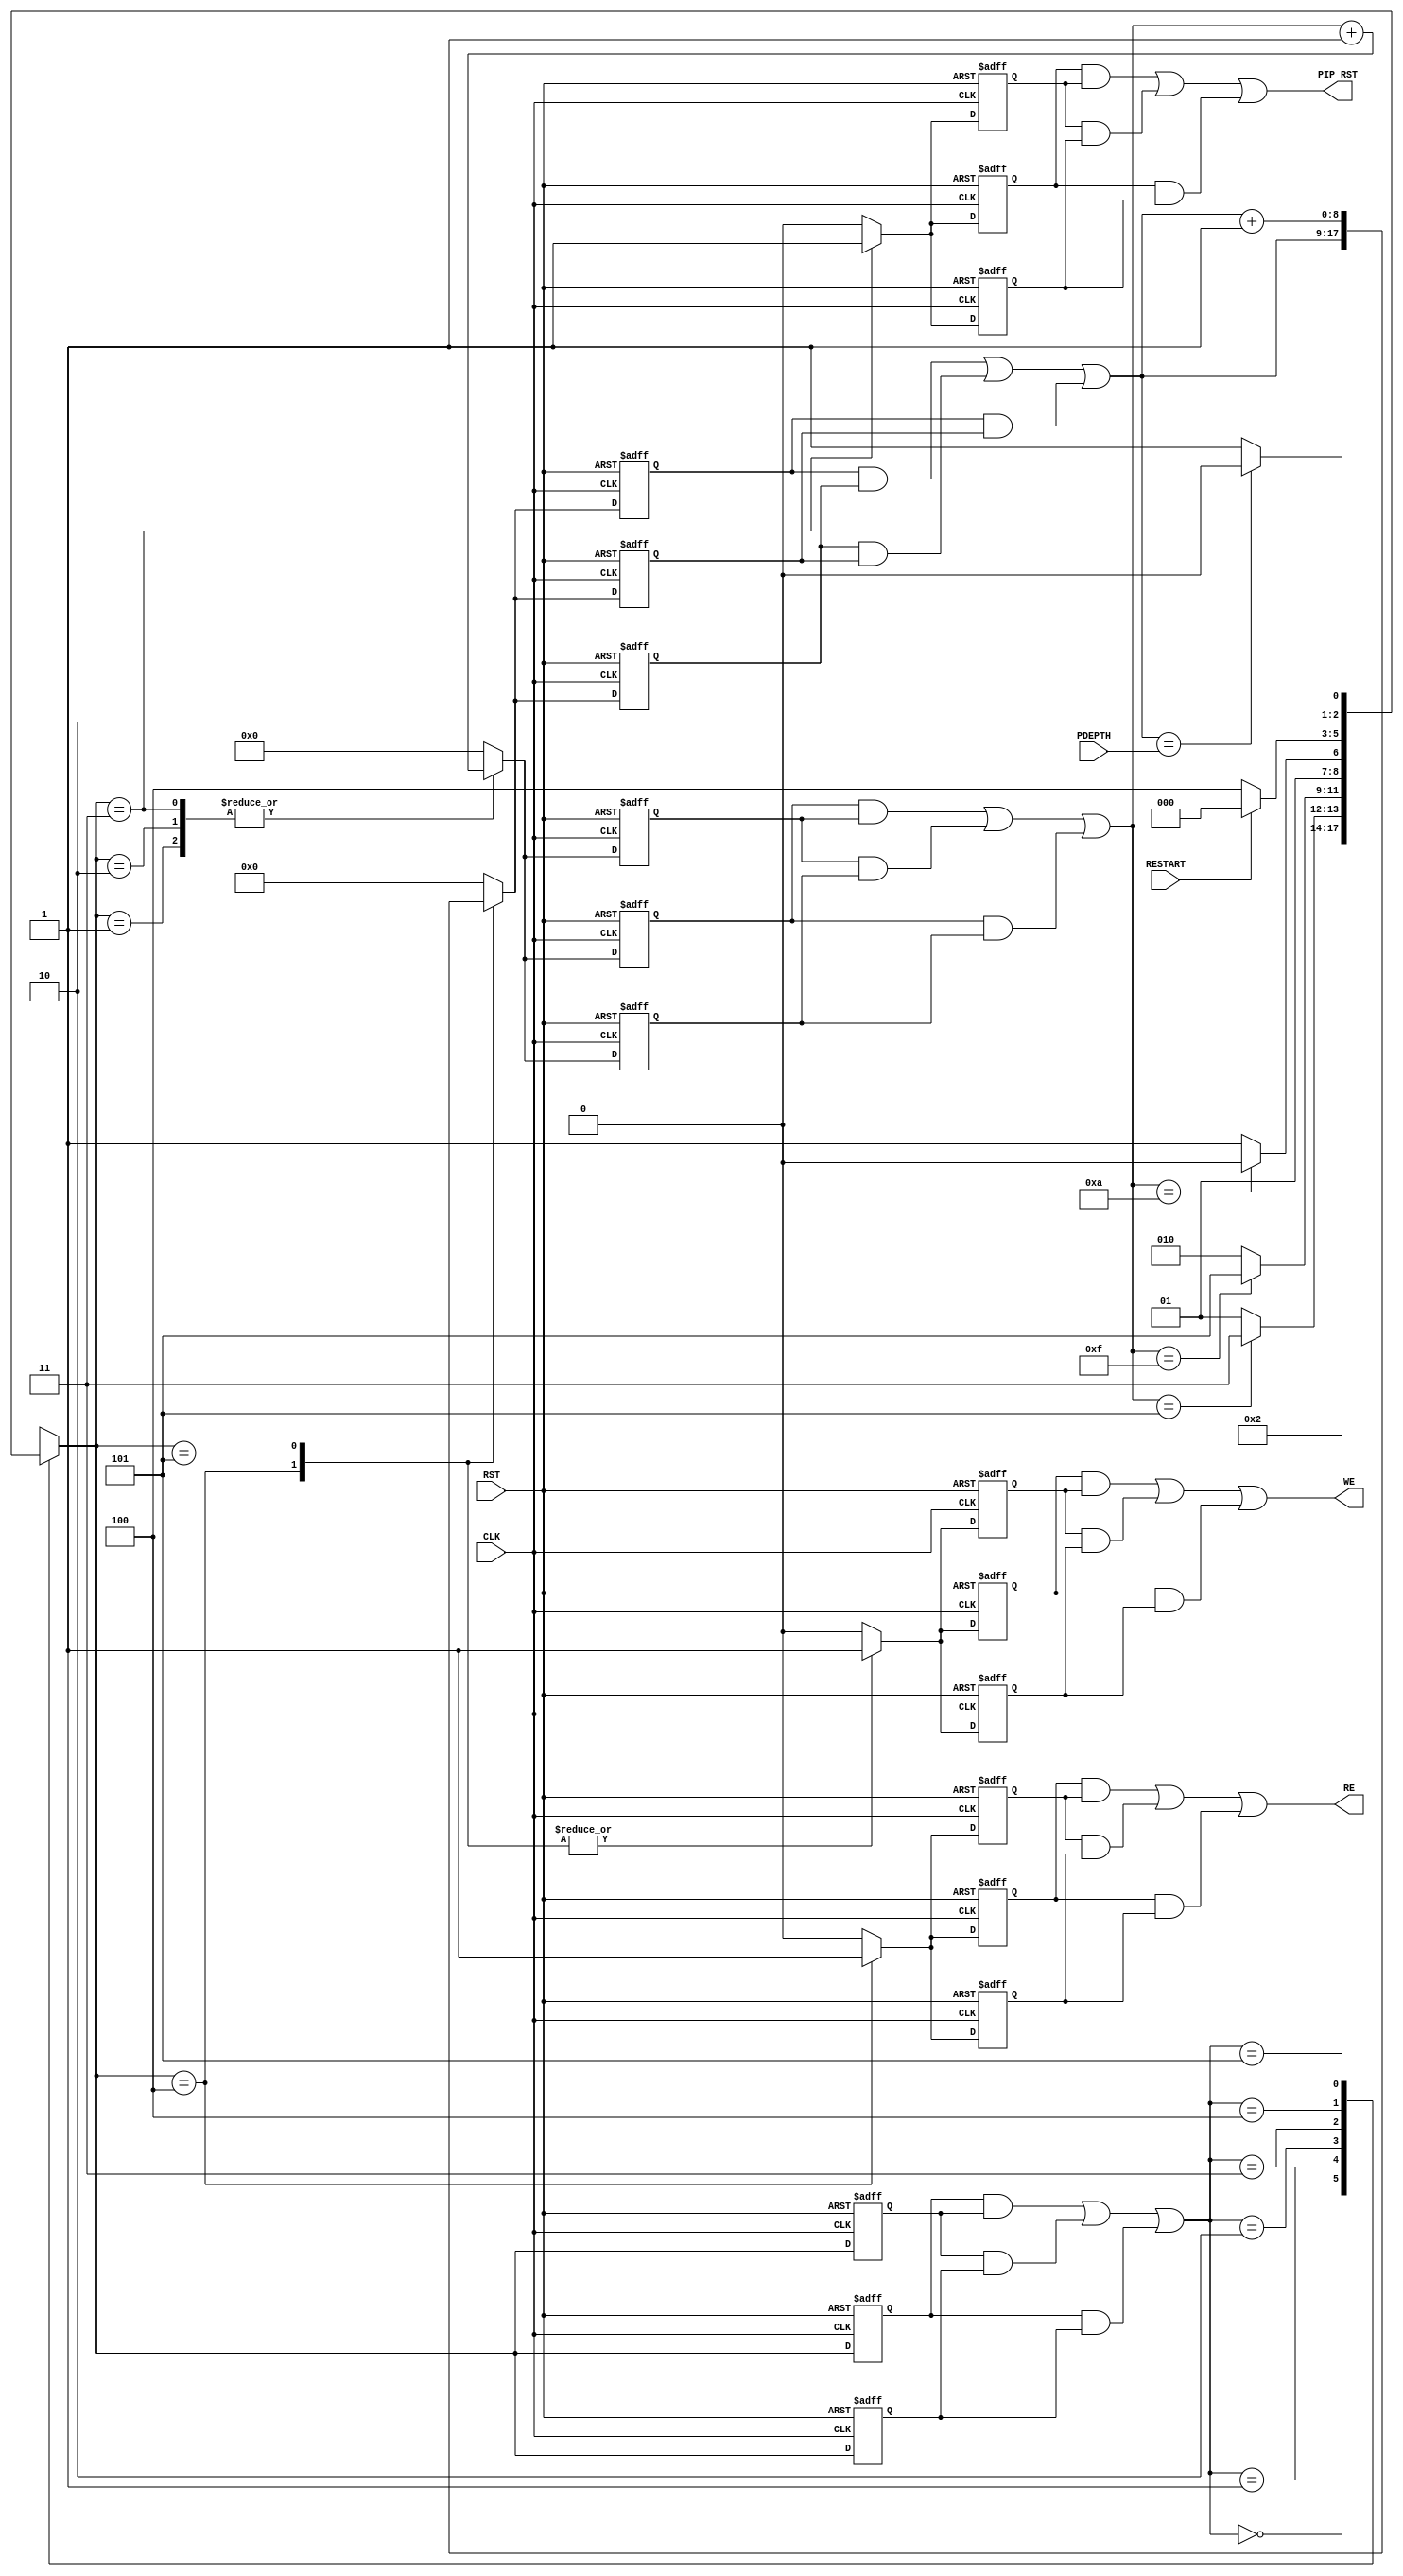

// Created by fizzim_tmr.pl version $Revision: 4.44 on 2014:08:26 at 12:21:30 (www.fizzim.com)

module Pipe_Start_FSM_TMR (
  output PIP_RST,
  output RE,
  output WE,
  input CLK,
  input wire [8:0] PDEPTH,
  input RESTART,
  input RST 
);

  // state bits
  parameter 
  Idle       = 3'b000, 
  Clear      = 3'b001, 
  Pause      = 3'b010, 
  Reset_Pipe = 3'b011, 
  Run        = 3'b100, 
  Start_Pipe = 3'b101; 

  (* syn_preserve = "true" *) reg [2:0] state_1;
  (* syn_preserve = "true" *) reg [2:0] state_2;
  (* syn_preserve = "true" *) reg [2:0] state_3;

  (* syn_keep = "true" *) wire [2:0] voted_state_1;
  (* syn_keep = "true" *) wire [2:0] voted_state_2;
  (* syn_keep = "true" *) wire [2:0] voted_state_3;

  assign voted_state_1   = (state_1   & state_2  ) | (state_2   & state_3  ) | (state_1   & state_3  ); // Majority logic
  assign voted_state_2   = (state_1   & state_2  ) | (state_2   & state_3  ) | (state_1   & state_3  ); // Majority logic
  assign voted_state_3   = (state_1   & state_2  ) | (state_2   & state_3  ) | (state_1   & state_3  ); // Majority logic

  (* syn_keep = "true" *) reg [2:0] nextstate_1;
  (* syn_keep = "true" *) reg [2:0] nextstate_2;
  (* syn_keep = "true" *) reg [2:0] nextstate_3;

  (* syn_preserve = "true" *)  reg PIP_RST_1;
  (* syn_preserve = "true" *)  reg PIP_RST_2;
  (* syn_preserve = "true" *)  reg PIP_RST_3;
  (* syn_preserve = "true" *)  reg RE_1;
  (* syn_preserve = "true" *)  reg RE_2;
  (* syn_preserve = "true" *)  reg RE_3;
  (* syn_preserve = "true" *)  reg WE_1;
  (* syn_preserve = "true" *)  reg WE_2;
  (* syn_preserve = "true" *)  reg WE_3;
  (* syn_preserve = "true" *)  reg [3:0] hold_1;
  (* syn_preserve = "true" *)  reg [3:0] hold_2;
  (* syn_preserve = "true" *)  reg [3:0] hold_3;
  (* syn_keep = "true" *)      wire [3:0] voted_hold_1;
  (* syn_keep = "true" *)      wire [3:0] voted_hold_2;
  (* syn_keep = "true" *)      wire [3:0] voted_hold_3;
  (* syn_preserve = "true" *)  reg [8:0] wcnt_1;
  (* syn_preserve = "true" *)  reg [8:0] wcnt_2;
  (* syn_preserve = "true" *)  reg [8:0] wcnt_3;
  (* syn_keep = "true" *)      wire [8:0] voted_wcnt_1;
  (* syn_keep = "true" *)      wire [8:0] voted_wcnt_2;
  (* syn_keep = "true" *)      wire [8:0] voted_wcnt_3;

  // Assignment of outputs and flags to voted majority logic of replicated registers
  assign PIP_RST = (PIP_RST_1 & PIP_RST_2) | (PIP_RST_2 & PIP_RST_3) | (PIP_RST_1 & PIP_RST_3); // Majority logic
  assign RE      = (RE_1      & RE_2     ) | (RE_2      & RE_3     ) | (RE_1      & RE_3     ); // Majority logic
  assign WE      = (WE_1      & WE_2     ) | (WE_2      & WE_3     ) | (WE_1      & WE_3     ); // Majority logic
  assign voted_hold_1    = (hold_1    & hold_2   ) | (hold_2    & hold_3   ) | (hold_1    & hold_3   ); // Majority logic
  assign voted_hold_2    = (hold_1    & hold_2   ) | (hold_2    & hold_3   ) | (hold_1    & hold_3   ); // Majority logic
  assign voted_hold_3    = (hold_1    & hold_2   ) | (hold_2    & hold_3   ) | (hold_1    & hold_3   ); // Majority logic
  assign voted_wcnt_1    = (wcnt_1    & wcnt_2   ) | (wcnt_2    & wcnt_3   ) | (wcnt_1    & wcnt_3   ); // Majority logic
  assign voted_wcnt_2    = (wcnt_1    & wcnt_2   ) | (wcnt_2    & wcnt_3   ) | (wcnt_1    & wcnt_3   ); // Majority logic
  assign voted_wcnt_3    = (wcnt_1    & wcnt_2   ) | (wcnt_2    & wcnt_3   ) | (wcnt_1    & wcnt_3   ); // Majority logic

  // Assignment of error detection logic to replicated signals

  // comb always block
  always @* begin
    nextstate_1 = 3'bxxx; // default to x because default_state_is_x is set
    nextstate_2 = 3'bxxx; // default to x because default_state_is_x is set
    nextstate_3 = 3'bxxx; // default to x because default_state_is_x is set
    case (voted_state_1)
      Idle      :                              nextstate_1 = Clear;
      Clear     : if (voted_hold_1 == 4'd5)    nextstate_1 = Reset_Pipe;
                  else                         nextstate_1 = Clear;
      Pause     : if (voted_hold_1 == 4'd15)   nextstate_1 = Start_Pipe;
                  else                         nextstate_1 = Pause;
      Reset_Pipe: if (voted_hold_1 == 4'd10)   nextstate_1 = Pause;
                  else                         nextstate_1 = Reset_Pipe;
      Run       : if (RESTART)                 nextstate_1 = Idle;
                  else                         nextstate_1 = Run;
      Start_Pipe: if (voted_wcnt_1 == PDEPTH)  nextstate_1 = Run;
                  else                         nextstate_1 = Start_Pipe;
    endcase
    case (voted_state_2)
      Idle      :                              nextstate_2 = Clear;
      Clear     : if (voted_hold_2 == 4'd5)    nextstate_2 = Reset_Pipe;
                  else                         nextstate_2 = Clear;
      Pause     : if (voted_hold_2 == 4'd15)   nextstate_2 = Start_Pipe;
                  else                         nextstate_2 = Pause;
      Reset_Pipe: if (voted_hold_2 == 4'd10)   nextstate_2 = Pause;
                  else                         nextstate_2 = Reset_Pipe;
      Run       : if (RESTART)                 nextstate_2 = Idle;
                  else                         nextstate_2 = Run;
      Start_Pipe: if (voted_wcnt_2 == PDEPTH)  nextstate_2 = Run;
                  else                         nextstate_2 = Start_Pipe;
    endcase
    case (voted_state_3)
      Idle      :                              nextstate_3 = Clear;
      Clear     : if (voted_hold_3 == 4'd5)    nextstate_3 = Reset_Pipe;
                  else                         nextstate_3 = Clear;
      Pause     : if (voted_hold_3 == 4'd15)   nextstate_3 = Start_Pipe;
                  else                         nextstate_3 = Pause;
      Reset_Pipe: if (voted_hold_3 == 4'd10)   nextstate_3 = Pause;
                  else                         nextstate_3 = Reset_Pipe;
      Run       : if (RESTART)                 nextstate_3 = Idle;
                  else                         nextstate_3 = Run;
      Start_Pipe: if (voted_wcnt_3 == PDEPTH)  nextstate_3 = Run;
                  else                         nextstate_3 = Start_Pipe;
    endcase
  end

  // Assign reg'd outputs to state bits

  // sequential always block
  always @(posedge CLK or posedge RST) begin
    if (RST) begin
      state_1 <= Idle;
      state_2 <= Idle;
      state_3 <= Idle;
    end
    else begin
      state_1 <= nextstate_1;
      state_2 <= nextstate_2;
      state_3 <= nextstate_3;
    end
  end

  // datapath sequential always block
  always @(posedge CLK or posedge RST) begin
    if (RST) begin
      PIP_RST_1 <= 0;
      PIP_RST_2 <= 0;
      PIP_RST_3 <= 0;
      RE_1 <= 0;
      RE_2 <= 0;
      RE_3 <= 0;
      WE_1 <= 0;
      WE_2 <= 0;
      WE_3 <= 0;
      hold_1 <= 4'h0;
      hold_2 <= 4'h0;
      hold_3 <= 4'h0;
      wcnt_1 <= 9'h000;
      wcnt_2 <= 9'h000;
      wcnt_3 <= 9'h000;
    end
    else begin
      PIP_RST_1 <= 0; // default
      PIP_RST_2 <= 0; // default
      PIP_RST_3 <= 0; // default
      RE_1 <= 0; // default
      RE_2 <= 0; // default
      RE_3 <= 0; // default
      WE_1 <= 0; // default
      WE_2 <= 0; // default
      WE_3 <= 0; // default
      hold_1 <= 4'h0; // default
      hold_2 <= 4'h0; // default
      hold_3 <= 4'h0; // default
      wcnt_1 <= 9'h000; // default
      wcnt_2 <= 9'h000; // default
      wcnt_3 <= 9'h000; // default
      case (nextstate_1)
        Clear     :        hold_1 <= voted_hold_1 + 1;
        Pause     :        hold_1 <= voted_hold_1 + 1;
        Reset_Pipe: begin
                           PIP_RST_1 <= 1;
                           hold_1 <= voted_hold_1 + 1;
        end
        Run       : begin
                           RE_1 <= 1;
                           WE_1 <= 1;
                           wcnt_1 <= voted_wcnt_1;
        end
        Start_Pipe: begin
                           WE_1 <= 1;
                           wcnt_1 <= voted_wcnt_1 + 1;
        end
      endcase
      case (nextstate_2)
        Clear     :        hold_2 <= voted_hold_2 + 1;
        Pause     :        hold_2 <= voted_hold_2 + 1;
        Reset_Pipe: begin
                           PIP_RST_2 <= 1;
                           hold_2 <= voted_hold_2 + 1;
        end
        Run       : begin
                           RE_2 <= 1;
                           WE_2 <= 1;
                           wcnt_2 <= voted_wcnt_2;
        end
        Start_Pipe: begin
                           WE_2 <= 1;
                           wcnt_2 <= voted_wcnt_2 + 1;
        end
      endcase
      case (nextstate_3)
        Clear     :        hold_3 <= voted_hold_3 + 1;
        Pause     :        hold_3 <= voted_hold_3 + 1;
        Reset_Pipe: begin
                           PIP_RST_3 <= 1;
                           hold_3 <= voted_hold_3 + 1;
        end
        Run       : begin
                           RE_3 <= 1;
                           WE_3 <= 1;
                           wcnt_3 <= voted_wcnt_3;
        end
        Start_Pipe: begin
                           WE_3 <= 1;
                           wcnt_3 <= voted_wcnt_3 + 1;
        end
      endcase
    end
  end

  // This code allows you to see state names in simulation
  `ifndef SYNTHESIS
  reg [79:0] statename;
  always @* begin
    case (state_1)
      Idle      : statename = "Idle";
      Clear     : statename = "Clear";
      Pause     : statename = "Pause";
      Reset_Pipe: statename = "Reset_Pipe";
      Run       : statename = "Run";
      Start_Pipe: statename = "Start_Pipe";
      default   : statename = "XXXXXXXXXX";
    endcase
  end
  `endif

endmodule